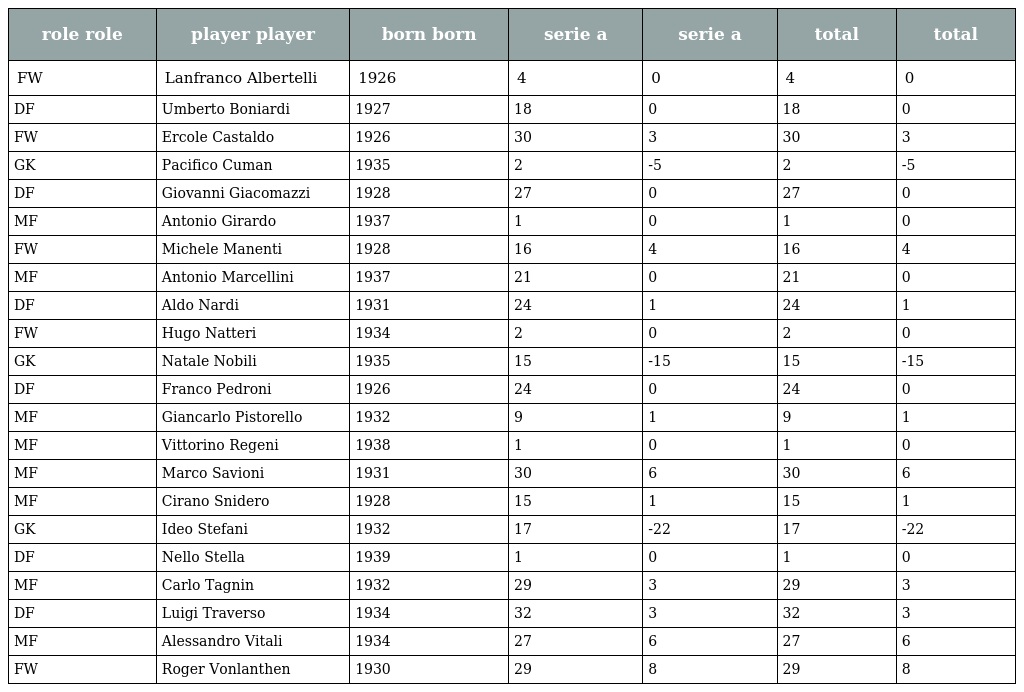
| role role | player player | born born | serie a | serie a | total | total |
 | --- | --- | --- | --- | --- | --- | --- |
 | FW | Lanfranco Albertelli | 1926 | 4 | 0 | 4 | 0 |
 | DF | Umberto Boniardi | 1927 | 18 | 0 | 18 | 0 |
 | FW | Ercole Castaldo | 1926 | 30 | 3 | 30 | 3 |
 | GK | Pacifico Cuman | 1935 | 2 | -5 | 2 | -5 |
 | DF | Giovanni Giacomazzi | 1928 | 27 | 0 | 27 | 0 |
 | MF | Antonio Girardo | 1937 | 1 | 0 | 1 | 0 |
 | FW | Michele Manenti | 1928 | 16 | 4 | 16 | 4 |
 | MF | Antonio Marcellini | 1937 | 21 | 0 | 21 | 0 |
 | DF | Aldo Nardi | 1931 | 24 | 1 | 24 | 1 |
 | FW | Hugo Natteri | 1934 | 2 | 0 | 2 | 0 |
 | GK | Natale Nobili | 1935 | 15 | -15 | 15 | -15 |
 | DF | Franco Pedroni | 1926 | 24 | 0 | 24 | 0 |
 | MF | Giancarlo Pistorello | 1932 | 9 | 1 | 9 | 1 |
 | MF | Vittorino Regeni | 1938 | 1 | 0 | 1 | 0 |
 | MF | Marco Savioni | 1931 | 30 | 6 | 30 | 6 |
 | MF | Cirano Snidero | 1928 | 15 | 1 | 15 | 1 |
 | GK | Ideo Stefani | 1932 | 17 | -22 | 17 | -22 |
 | DF | Nello Stella | 1939 | 1 | 0 | 1 | 0 |
 | MF | Carlo Tagnin | 1932 | 29 | 3 | 29 | 3 |
 | DF | Luigi Traverso | 1934 | 32 | 3 | 32 | 3 |
 | MF | Alessandro Vitali | 1934 | 27 | 6 | 27 | 6 |
 | FW | Roger Vonlanthen | 1930 | 29 | 8 | 29 | 8 |